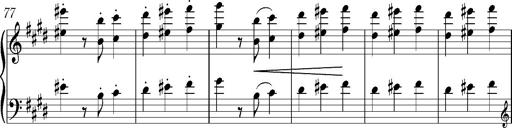
Title: Valses oubliÃ©es
Composer: Franz Liszt